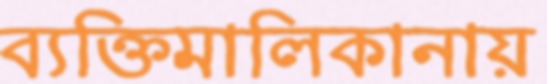
ব্যক্তিমালিকানায়